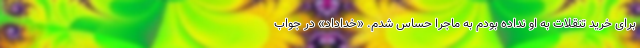
برای خرید تنقلات به او نداده بودم به ماجرا حساس شدم. «خداداد» در جواب